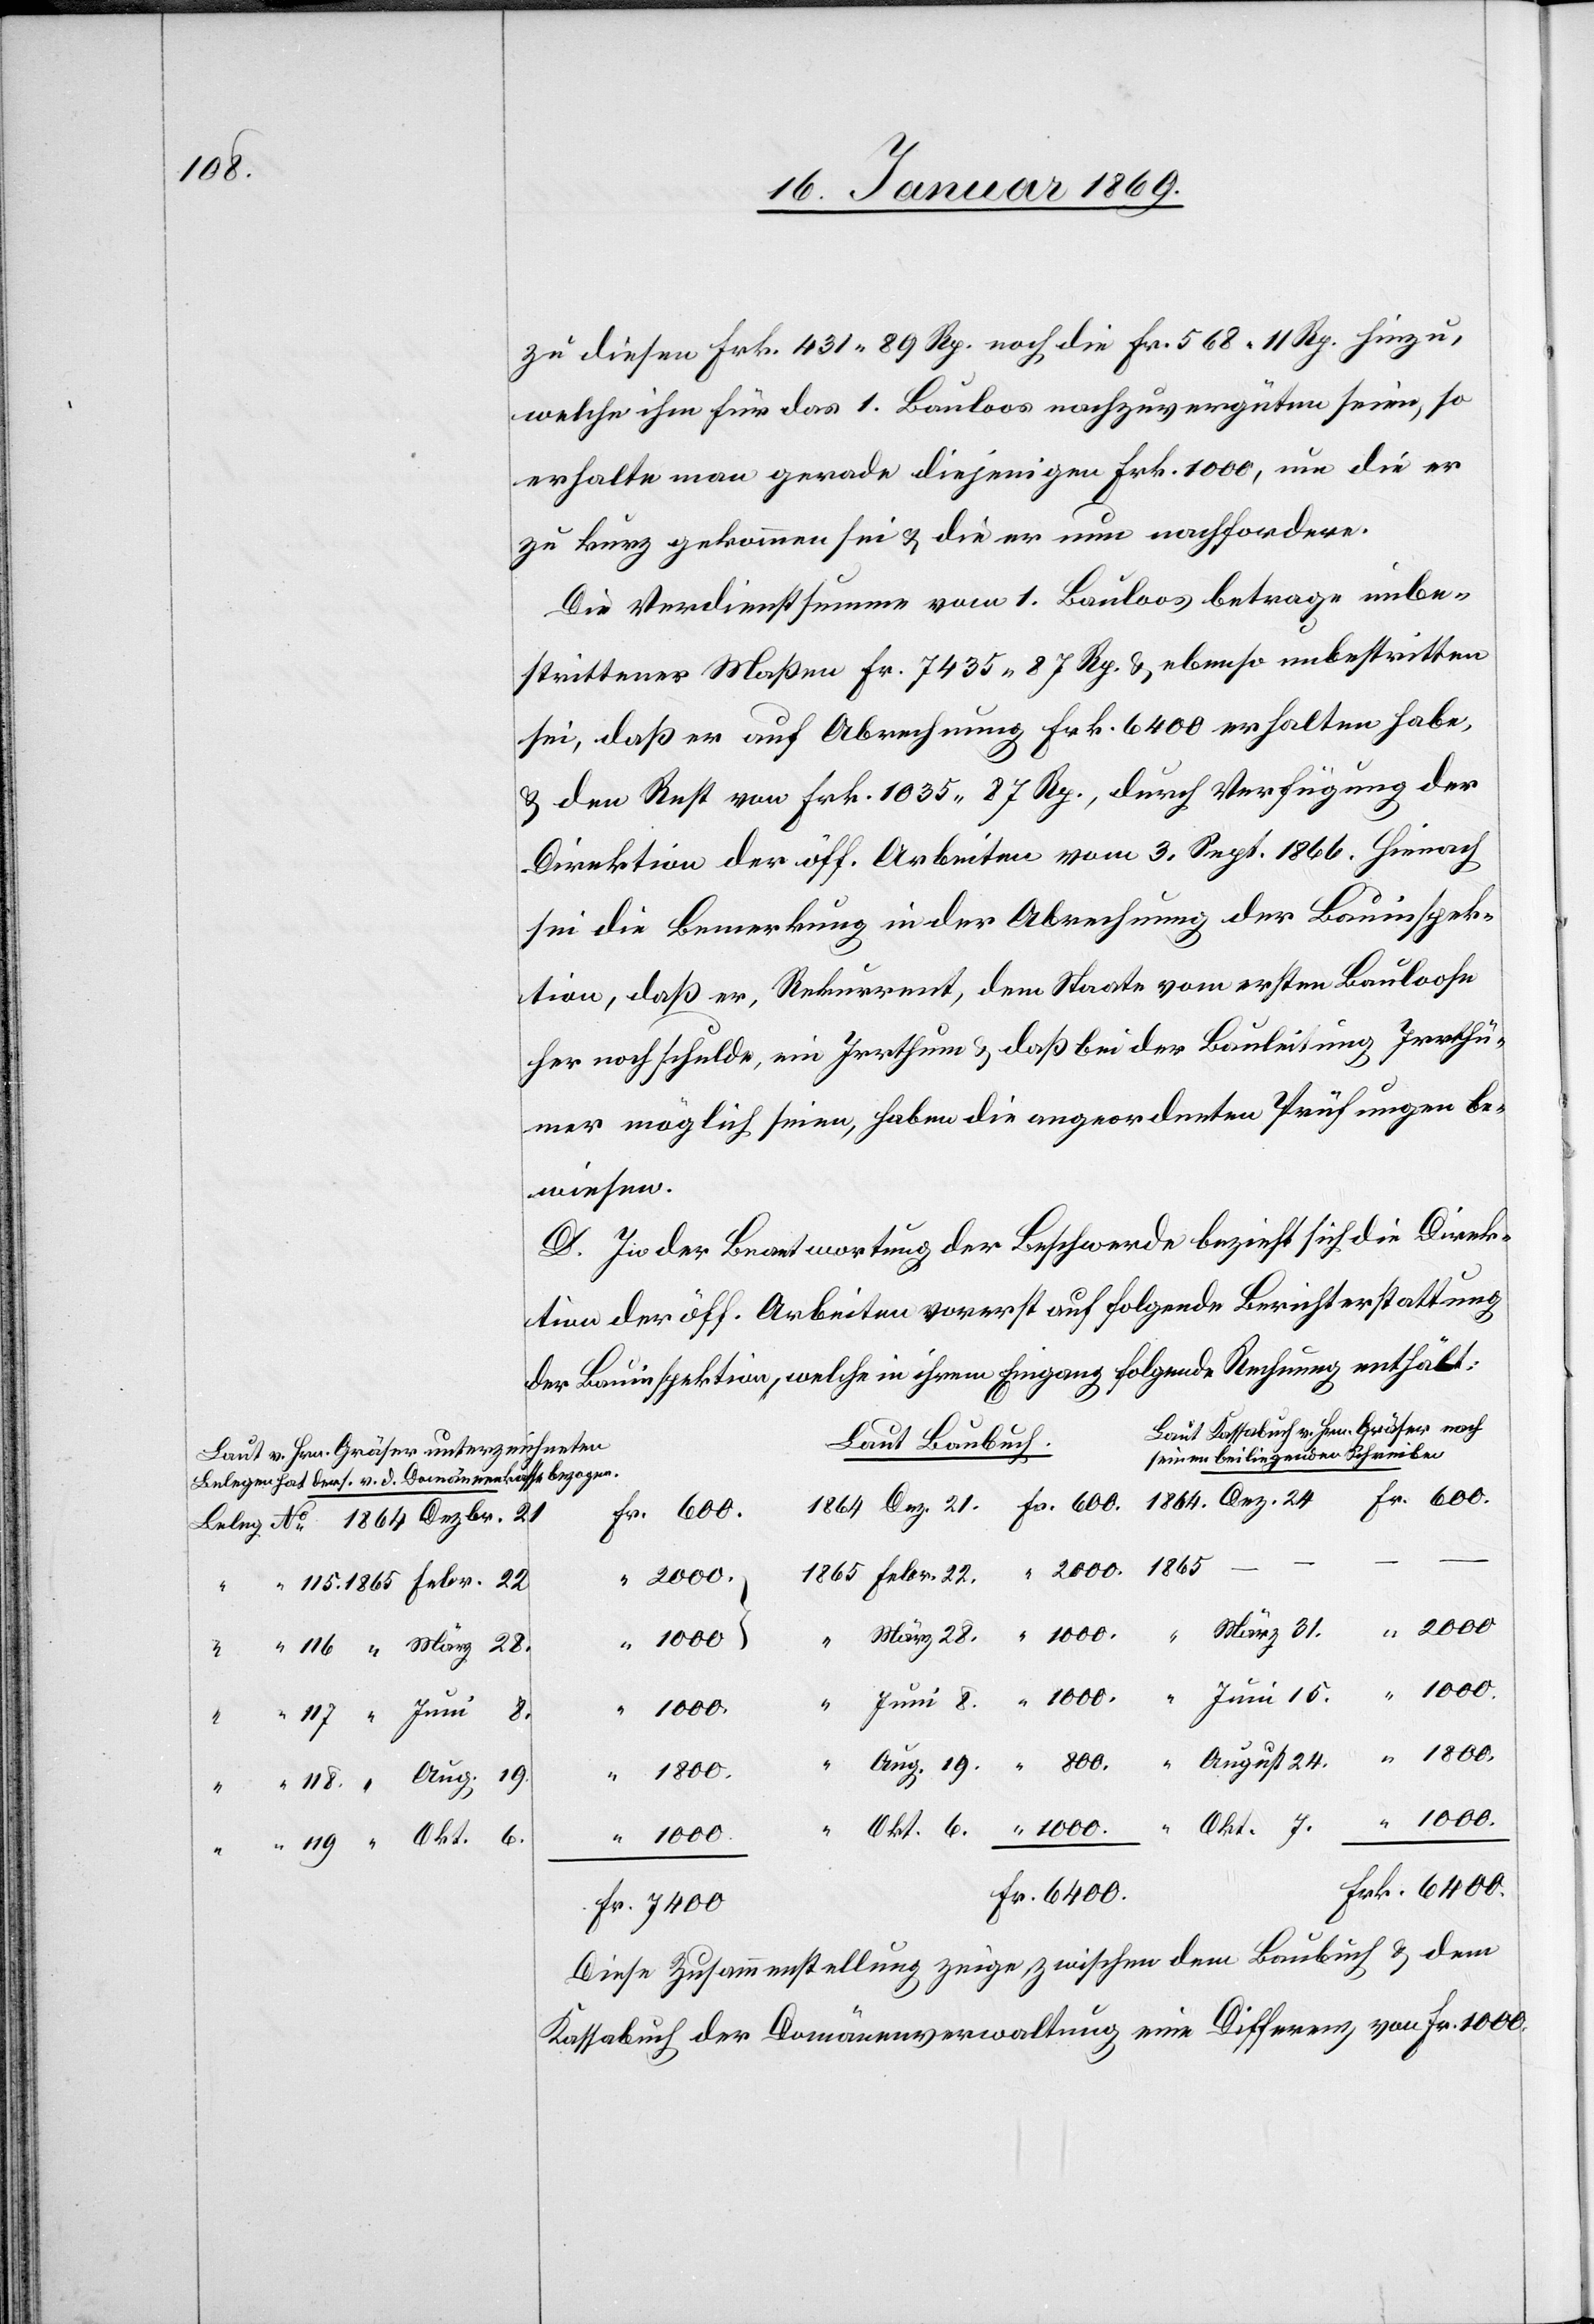
6400.

zu diesen Frk. 431.89 Rp. noch die Fr. 568.11 Rp. hinzu,
welche ihm für das 1. Bauloos nachzuvergüten seien, so
erhalte man gerade diejenigen Frk. 1000, um die er
zu kurz gekommen sei u. die er nun nachfordere.
Die Verdienstsumme vom 1. Bauloos betrage unbe¬
strittener Maßen Fr. 7435.87 Rp. u. ebenso unbestritten
sei, daß er auf Abrechnung Frk. 6400 erhalten habe,
u. den Rest von Frk. 1035.87 Rp., durch Verfügung der
Direktion der öff. Arbeiten vom 3. Sept. 1866. Hienach
sei die Bemerkung in der Abrechnung der Bauinspek¬
tion, daß er, Rekurrent, dem Staate vom ersten Bauloose
her noch schulde, ein Irrthum u. daß bei der Bauleitung Irrthü¬
mer möglich seien, haben die angeordneten Prüfungen be¬
wiesen.
D. In der Beantwortung der Beschwerde bezieht sich die Direk¬
tion der öff. Arbeiten vorerst auf folgende Berichterstattung
der Bauinspektion, welche in ihrem Eingang folgende Rechnung enthält:
Laut Kassabuch v. Hrn. Gräser nach
Laut Baubuch.
seinem beiliegenden Schreiben
Belegen hat ders. v. d. Domänenkasse bezogen
2000.
24.
Fr.
Diese Zusammenstellung zeige zwischen dem Baubuch u. dem
Kassabuch der Domänenverwaltung eine Differenz von Fr. 1000,